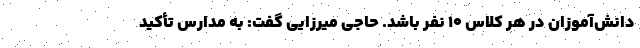
دانش‌آموزان در هر کلاس ۱۰ نفر باشد. حاجی میرزایی گفت: به مدارس تأکید